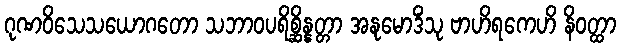
ဂုဏဝိသေသယောဂတော သဘာဝပရိစ္ဆိန္နတ္တာ အနုမောဒိံသု ဗာဟိရကေဟိ နိဝတ္ထာ